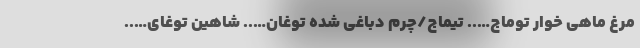
مرغ ماهی خوار توماج….. تیماج/چرم دباغی شده توغان….. شاهین توغای…..